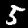
Label: 5